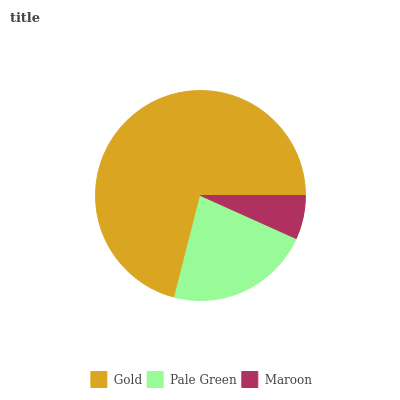
| Gold | Pale Green | Maroon |
 | --- | --- | --- |
 | 71% | 22.3% | 6.73% |